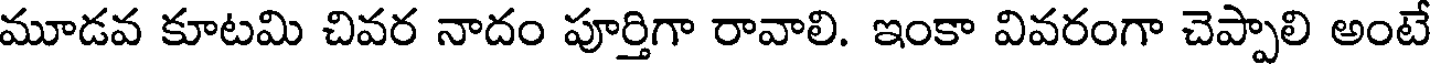
మూడవ కూటమి చివర నాదం పూర్తిగా రావాలి. ఇంకా వివరంగా చెప్పాలి అంటే